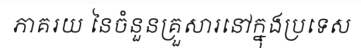
ភាគរយ នៃចំនួនគ្រួសារនៅក្នុងប្រទេស